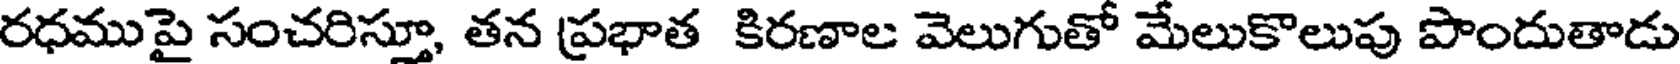
రధముపై సంచరిస్తూ, తన ప్రభాత కిరణాల వెలుగుతో మేలుకొలుపు పొందుతాడు